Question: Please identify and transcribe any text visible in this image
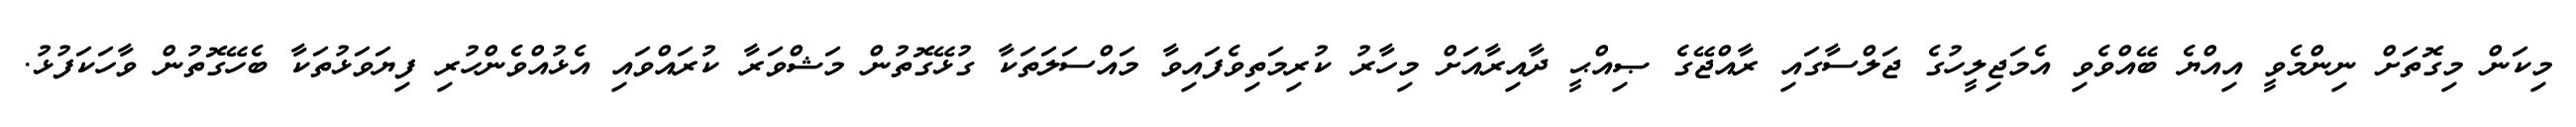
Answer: މިކަން މިގޮތަށް ނިންމެވީ އިއްޔެ ބޭއްވެވި އެމަޖިލީހުގެ ޖަލްސާގައި ރާއްޖޭގެ ޞިއްޙީ ދާއިރާއަށް މިހާރު ކުރިމަތިވެފައިވާ މައްސަލަތަކާ ގުޅޭގޮތުން މަޝްވަރާ ކުރައްވައި އެޅުއްވެންހުރި ފިޔަވަޅުތަކާ ބެހޭގޮތުން ވާހަކަފުޅު.